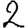
Digit: 2